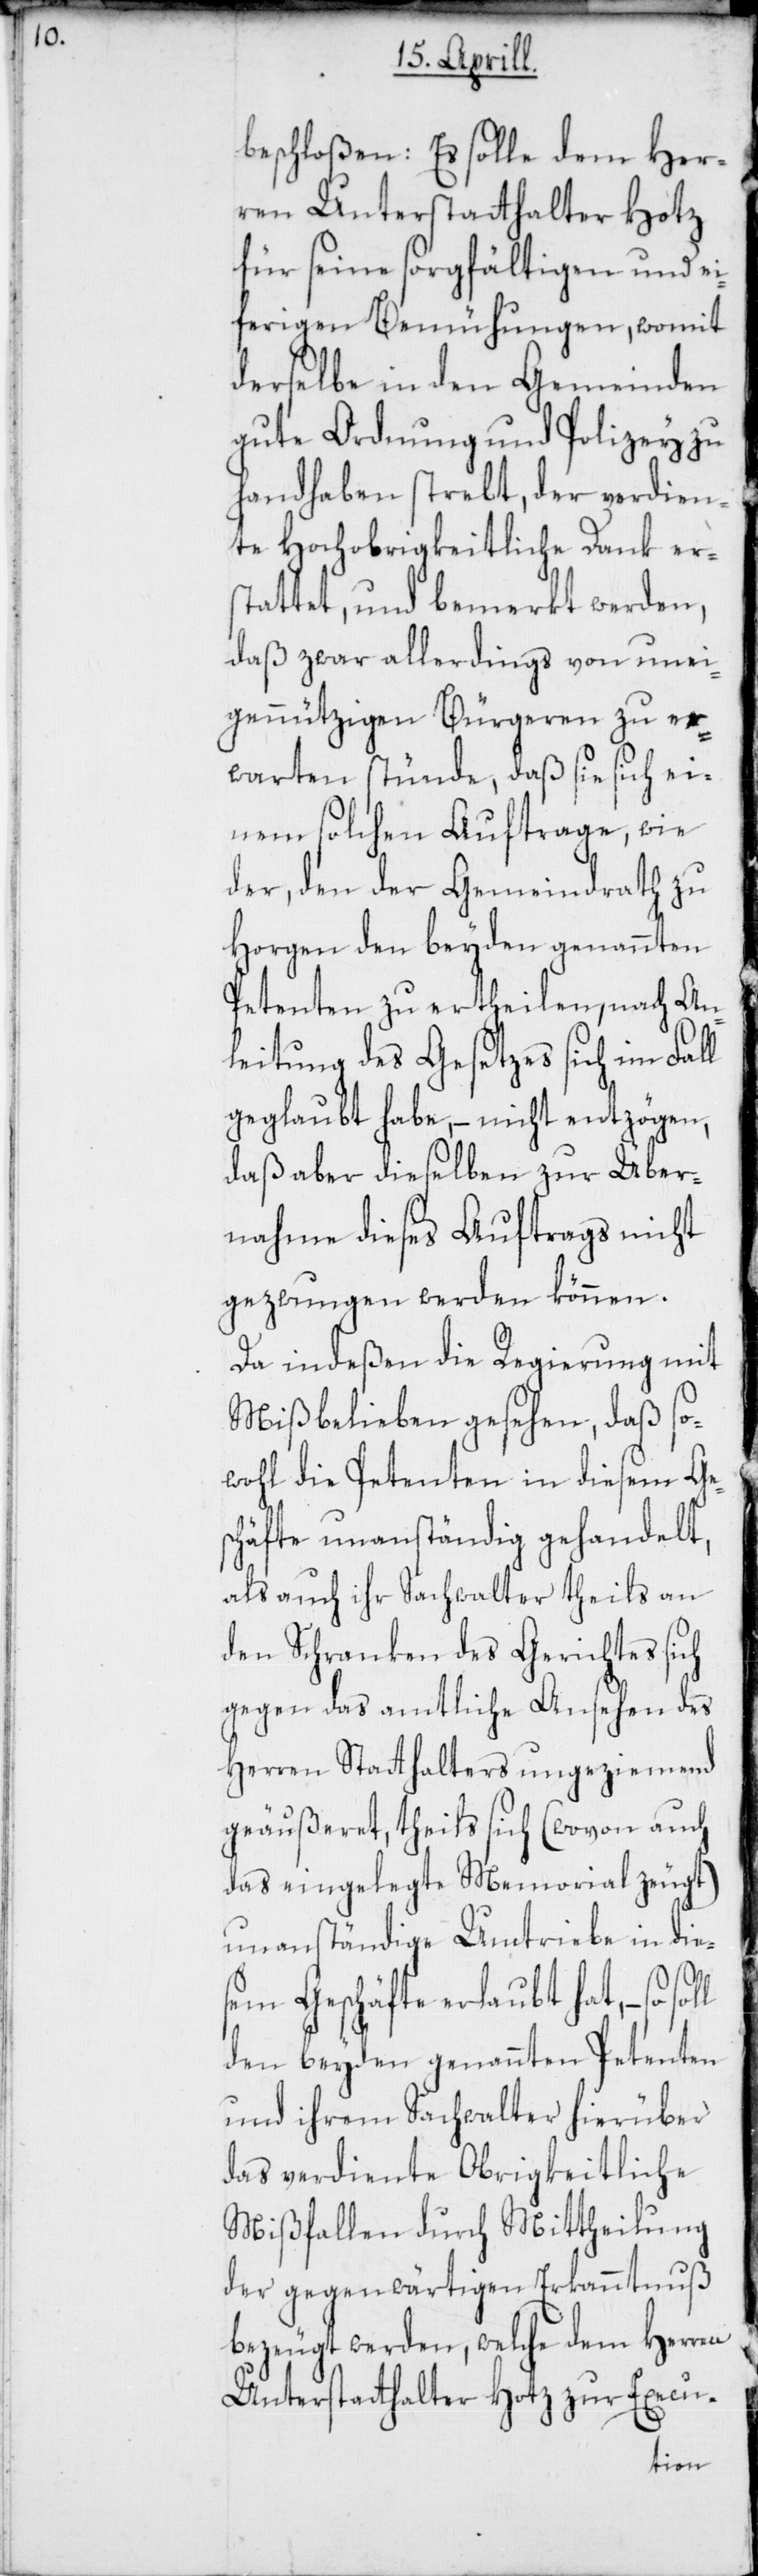
beschloßen: Es solle dem Her¬
ren Unterstatthalter Hotz
für seine sorgfältigen und ei¬
frigen Bemühungen, womit
derselbe in den Gemeinden
gute Ordnung und Polizey zu
handhaben strebt, der verdien¬
te Hochobrigkeitliche Dank er¬
stattet und bemerkt werden,
daß zwar allerdings von unei¬
gennützigen Bürgeren zu er¬
warten stünde, daß sie sich ei¬
nem solchen Auftrage, wie
der, den der Gemeindrath zu
Horgen den beyden genannten
Petenten zu ertheilen, nach An¬
leitung des Gesetzes sich im Fall
geglaubt habe, – nicht entzögen,
daß aber dieselben zur Über¬
nahme dieses Auftrags nicht
gezwungen werden können.
Da indeßen die Regierung mit
Mißbelieben gesehen, daß so¬
wohl die Petenten in diesem Ges¬
chäfte unanständig gehandelt,
als auch ihr Sachwalter theils an
den Schranken des Gerichtes sich
gegen das amtliche Ansehen des
Herren Stathalters ungeziemend
geäußeret, theils sich (wovon auch
das eingelegte Memorial zeugt)
unanständige Umtriebe in dies¬
em Geschäfte erlaubt hat, – so
den beyden genannten Petenten
und ihrem Sachwalter hierüber
das verdiente Obrigkeitliche
Mißfallen durch Mittheilung
der gegenwärtigen Erkanntnuß
bezeugt werden, welche dem Herren
Unterstatthalter Hotz zur Execu-